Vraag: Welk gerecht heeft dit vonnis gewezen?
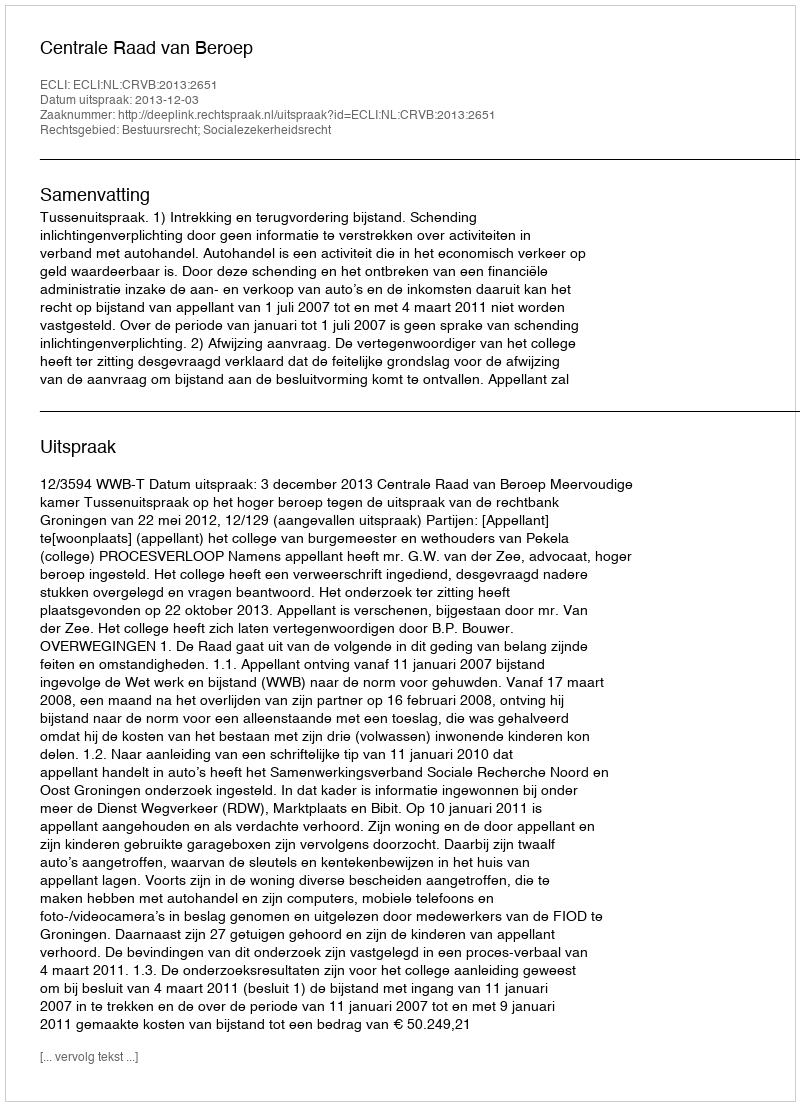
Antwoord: Centrale Raad van Beroep